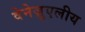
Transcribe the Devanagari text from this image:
वेनेज़ुएलीय